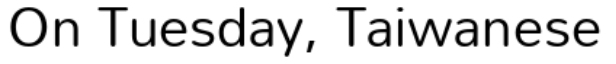
On Tuesday, Taiwanese